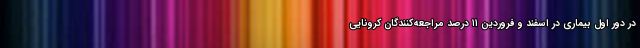
در دور اول بیماری در اسفند و فروردین ۱۱ درصد مراجعه‌کنندگان کرونایی